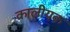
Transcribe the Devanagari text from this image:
कालीयक